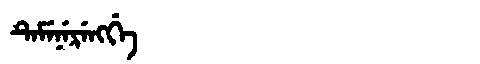
Manchu: ᡨᡝᠮᡝᠨᡝᡵᡝᠩᡤᡝ
Romanization: TEMENERENGGE